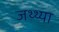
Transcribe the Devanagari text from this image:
जथ्थ्या